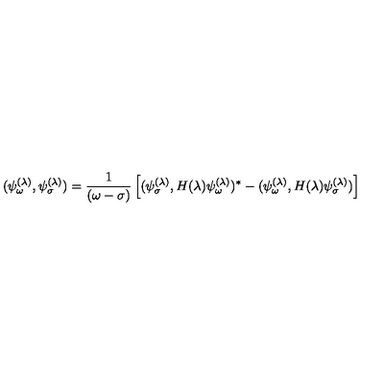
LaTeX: ( \psi _ { \omega } ^ { ( \lambda ) } , \psi _ { \sigma } ^ { ( \lambda ) } ) = { \frac { 1 } { ( \omega - \sigma ) } } \left[ ( \psi _ { \sigma } ^ { ( \lambda ) } , H ( \lambda ) \psi _ { \omega } ^ { ( \lambda ) } ) ^ { * } - ( \psi _ { \omega } ^ { ( \lambda ) } , H ( \lambda ) \psi _ { \sigma } ^ { ( \lambda ) } ) \right]